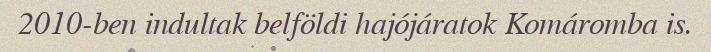
2010-ben indultak belföldi hajójáratok Komáromba is.